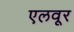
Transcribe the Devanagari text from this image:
एलवूर